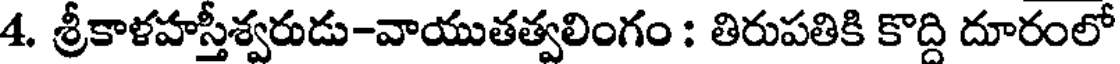
4. శ్రీకాళహస్తీశ్వరుడు-వాయుతత్వలింగం : తిరుపతికి కొద్ది దూరంలో